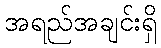
အရည်အချင်းရှိ